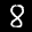
Label: 8